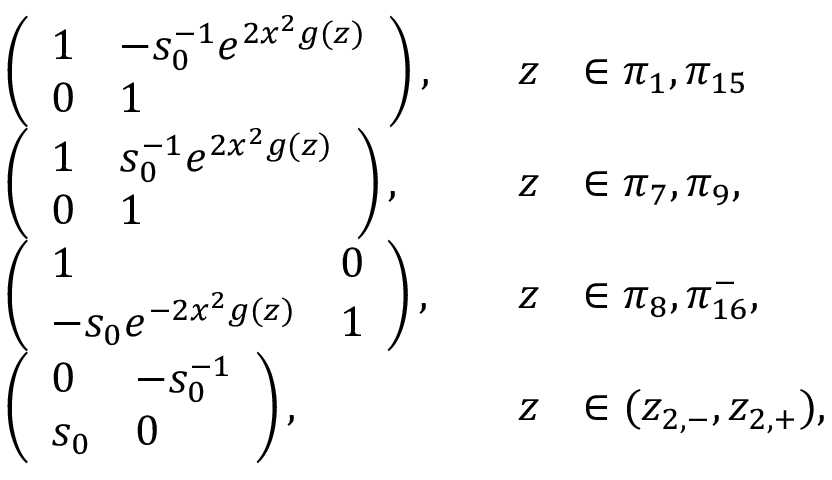
\begin{array} { r l r l } & { \left( \begin{array} { l l } { 1 } & { - s _ { 0 } ^ { - 1 } e ^ { 2 x ^ { 2 } g ( z ) } } \\ { 0 } & { 1 } \end{array} \right) , \quad } & { z } & { \in \pi _ { 1 } , \pi _ { 1 5 } } \\ & { \left( \begin{array} { l l } { 1 } & { s _ { 0 } ^ { - 1 } e ^ { 2 x ^ { 2 } g ( z ) } } \\ { 0 } & { 1 } \end{array} \right) , \quad } & { z } & { \in \pi _ { 7 } , \pi _ { 9 } , } \\ & { \left( \begin{array} { l l } { 1 } & { 0 } \\ { - s _ { 0 } e ^ { - 2 x ^ { 2 } g ( z ) } } & { 1 } \end{array} \right) , \quad } & { z } & { \in \pi _ { 8 } , \pi _ { 1 6 } ^ { - } , } \\ & { \left( \begin{array} { l l } { 0 } & { - s _ { 0 } ^ { - 1 } } \\ { s _ { 0 } } & { 0 } \end{array} \right) , \quad } & { z } & { \in ( z _ { 2 , - } , z _ { 2 , + } ) , } \end{array}